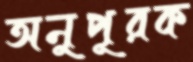
অনুপূরক